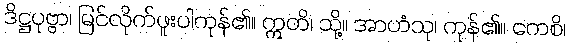
ဒိဋ္ဌပုဗ္ဗာ၊ မြင်လိုက်ဖူးပါကုန်၏။ ဣတိ၊ သို့။ အာဟံသု၊ ကုန်၏။ ကေစိ၊